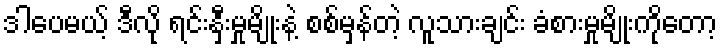
ဒါပေမယ့် ဒီလို ရင်းနှီးမှုမျိုးနဲ့ စစ်မှန်တဲ့ လူသားချင်း ခံစားမှုမျိုးကိုတော့